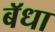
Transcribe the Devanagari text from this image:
बॅधा